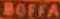
BOFFA